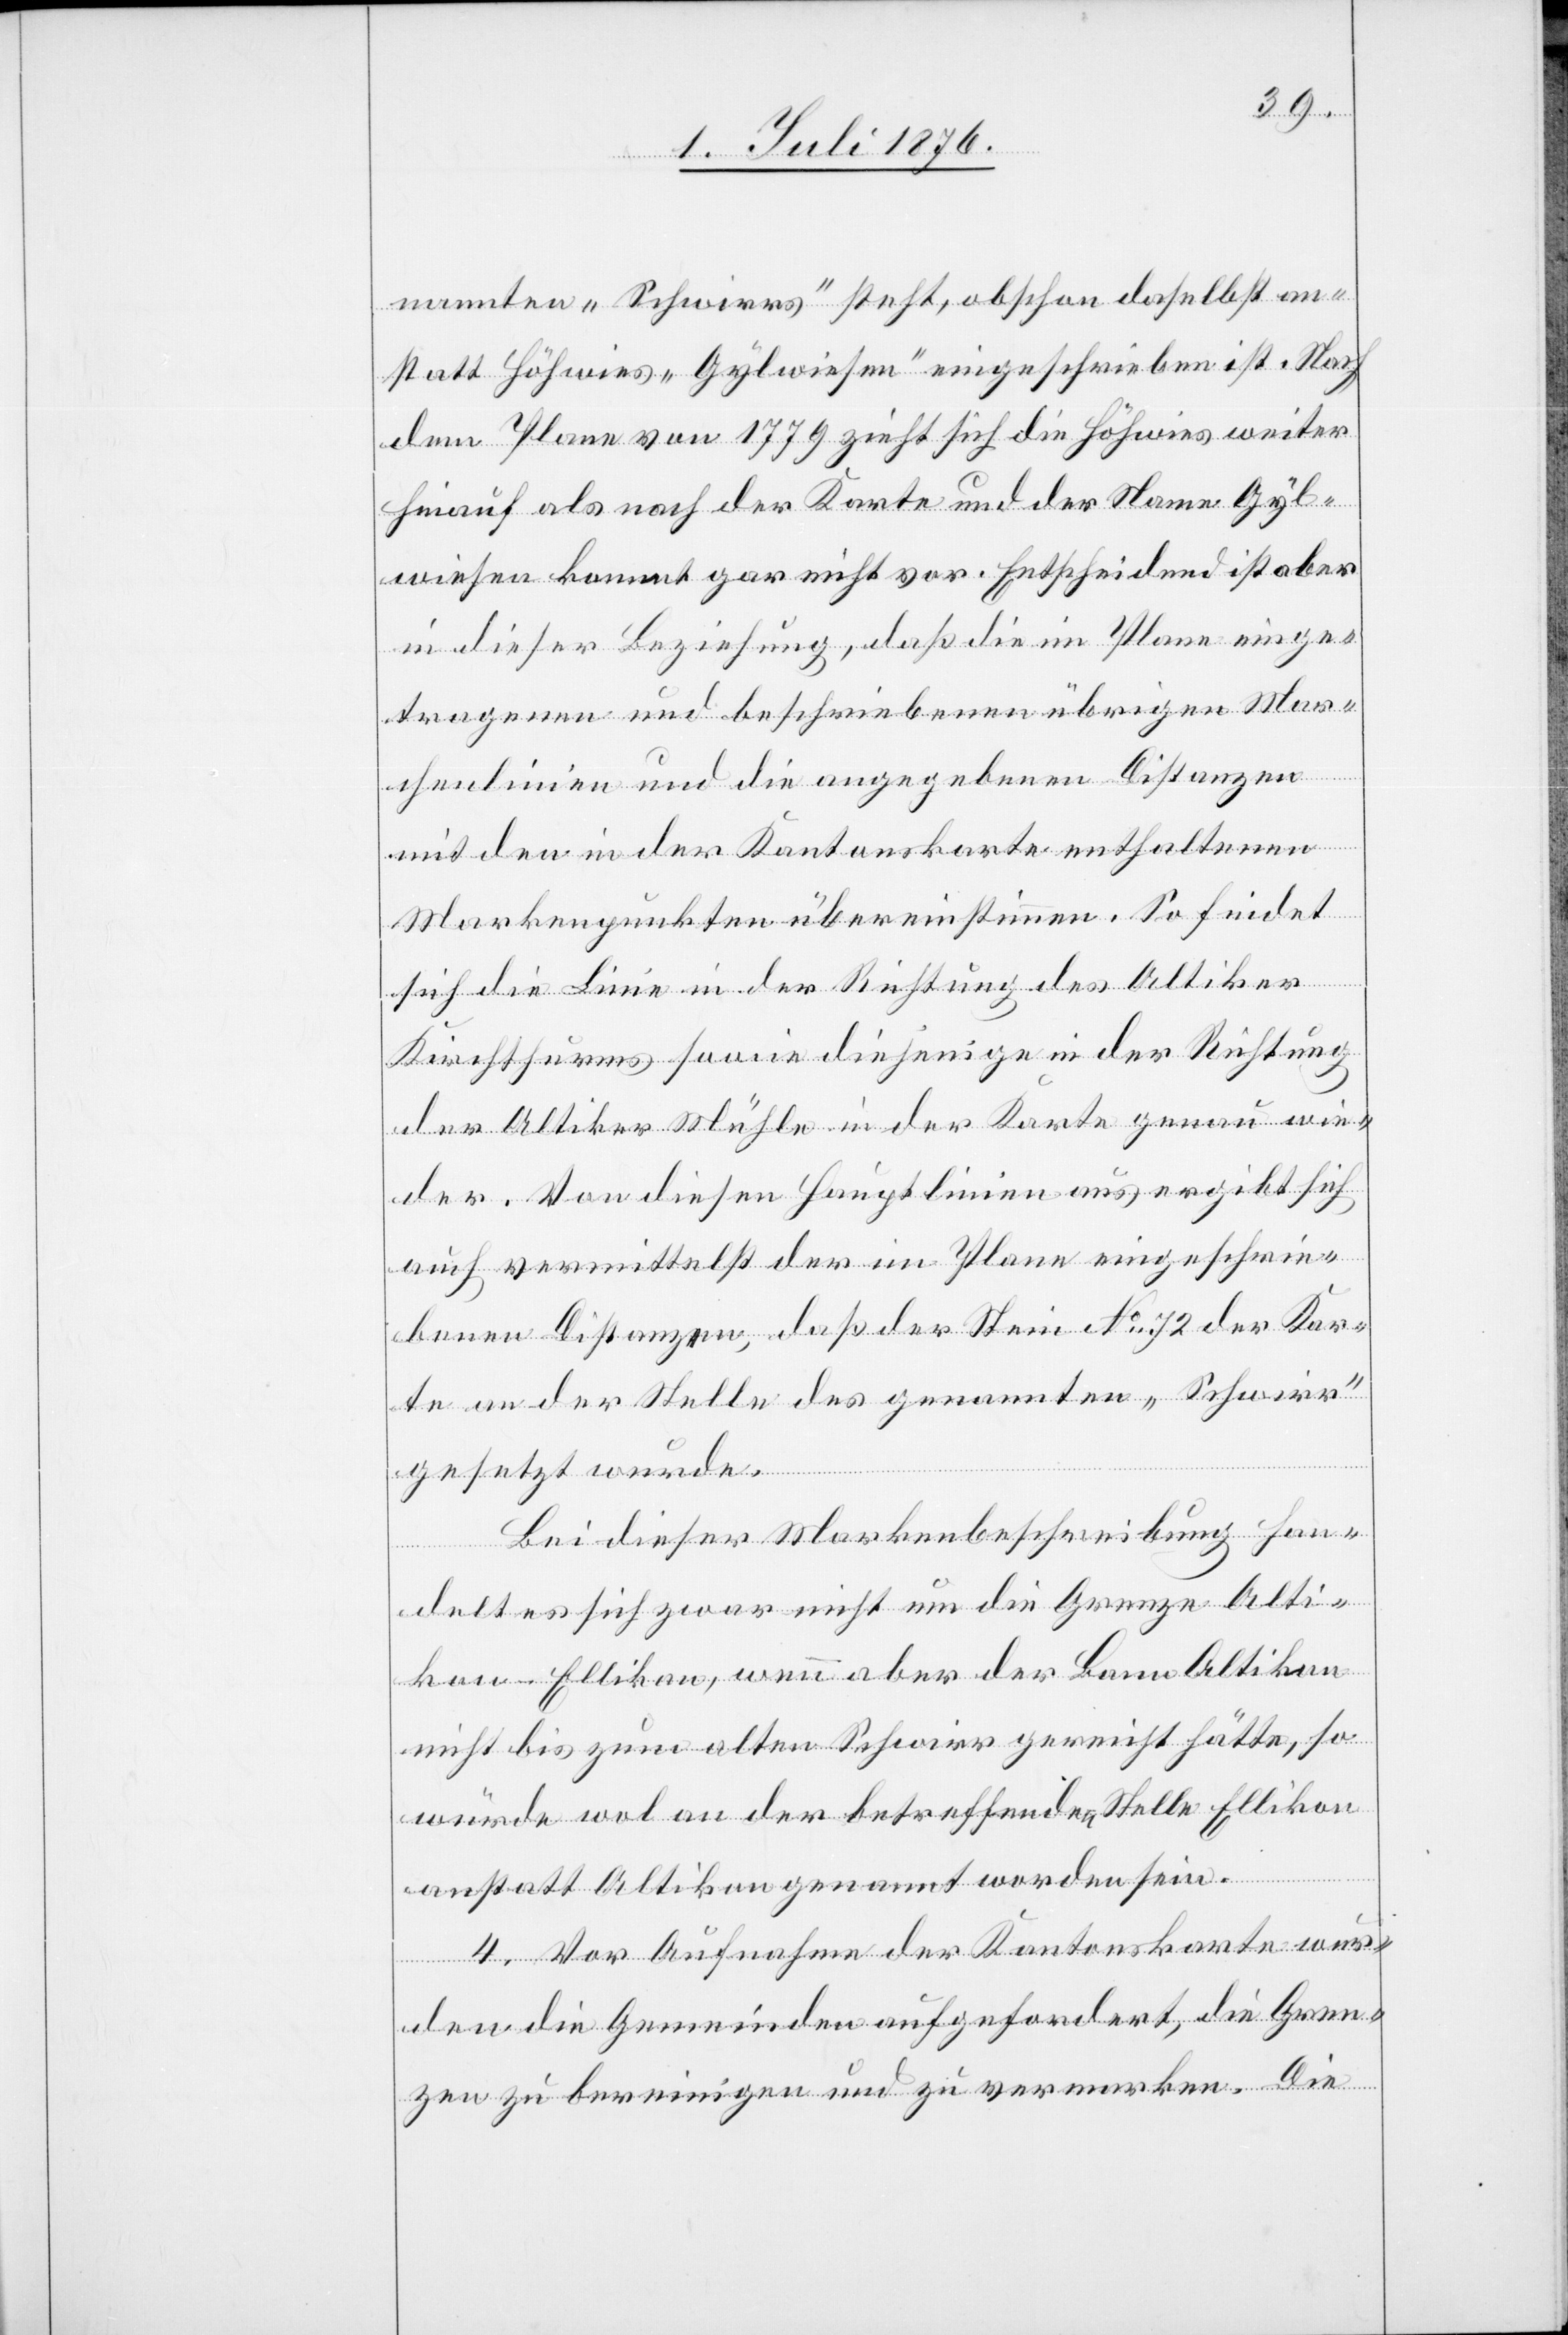
nannten „Schwirrs“ steht, obschon daselbst an¬
statt Höhwies „Gylwiesen“ eingeschrieben ist. Nach
dem Plane von 1779 zieht sich die Höhwies weiter
hinauf als nach der Karte und der Name Gyl¬
wiesen kommt gar nicht vor. Entscheidend ist aber
in dieser Beziehung, das die im Plane einge¬
tragenen und beschriebenen übrigen Mar¬
kenlinien und die angegebenen Distanzen
mit den in der Kantonskarte enthaltenen
Markenpunkten übereinstimmen. So findet
sich die Linie in der Richtung des Altiker
Kirchthurmes sowie diejenige in der Richtung
der Altiker Mühle in der Karte genau wie¬
der. Von diesen Hauptlinie aus ergibt sich
auch vermittelst der im Plane eingeschrie¬
benen Distanzen, daß der Stein No 72 der Kar¬
te an der Stelle des genannten „Schwirr“
gesetzt wurde.
Bei dieser Marchenbeschreibung han¬
delt es sich zwar nicht um die Grenze Alti¬
kon-Ellikon, wenn aber der Bann Altikon
nicht bis zum alten Schwirr gereicht hätte, so
würde wol an der betreffenden Stelle Ellikon
anstatt Altikon genannt worden sein.
4. Vor Aufnahme der Kantonskarte wur¬
den die Gemeinden aufgefordert, die Gren¬
zen zu bereinigen und zu vermarken. Die